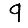
Digit: 9